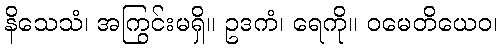
နိသေသံ၊ အကြွင်းမရှိ။ ဥဒကံ၊ ရေကို။ ဝမေတိယေဝ၊